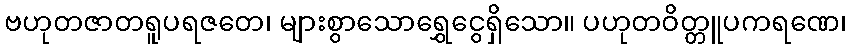
ဗဟုတဇာတရူပရဇတေ၊ များစွာသောရွှေငွေရှိသော။ ပဟုတဝိတ္တူပကရဏေ၊